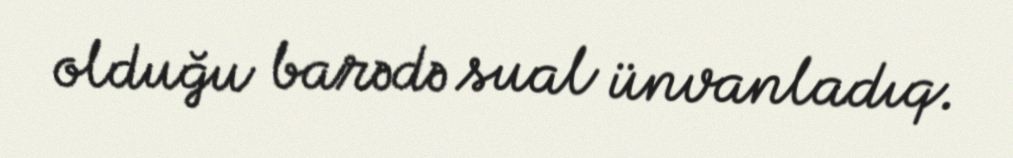
olduğu barədə sual ünvanladıq.